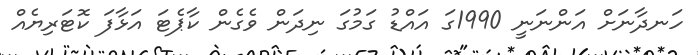
ހަނދާނަށް އަންނަނީ 1990ގަ އައްޑު ގަމުގަ ނިދަން ވެގެން ކާޕެޓަ އަޅާފަ ކޮޓަރިޔެއް